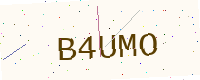
Text: B4UMO